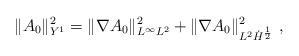
LaTeX: \begin{align*}\|A_0\|_{Y^1}^2 = \| \nabla A_0\|_{L^\infty L^2}^2 + \| \nabla A_0\|_{L^2 \dot H^{\frac12}}^2 \ , \end{align*}